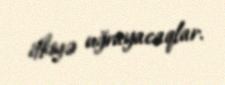
itkiyə uğrayacaqlar.